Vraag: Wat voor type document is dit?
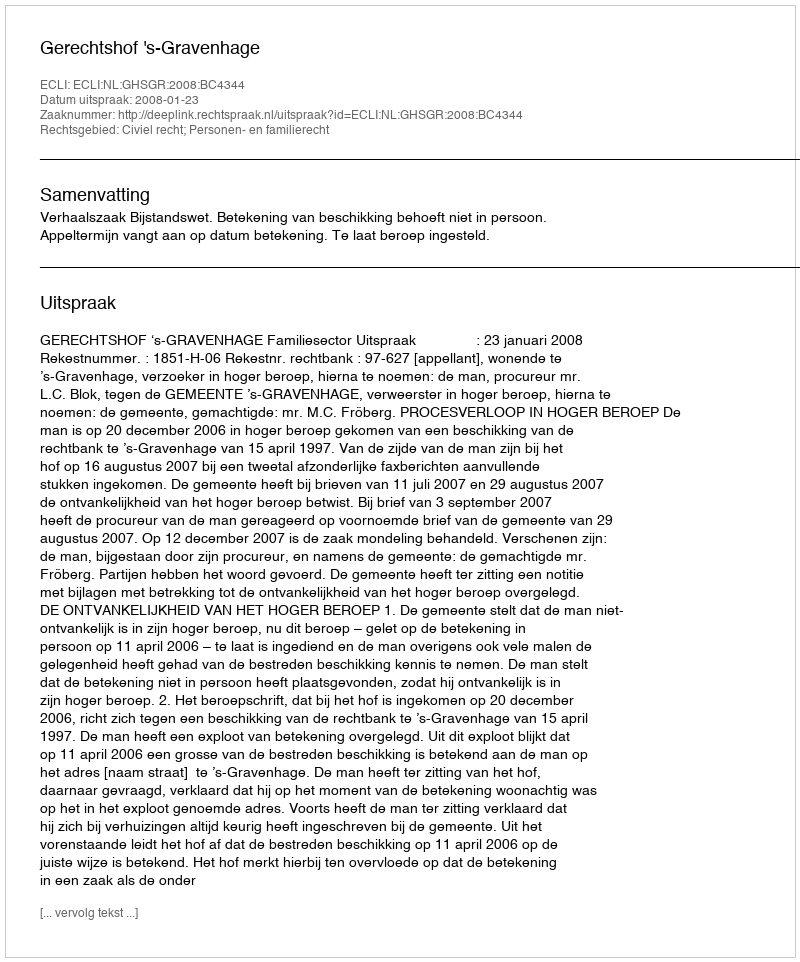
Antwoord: Uitspraak